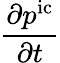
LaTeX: \frac{\partial p^{\mathrm{ic}}}{\partial t}